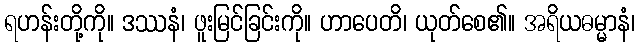
ရဟန်းတို့ကို။ ဒဿနံ၊ ဖူးမြင်ခြင်းကို။ ဟာပေတိ၊ ယုတ်စေ၏။ အရိယဓမ္မာနံ၊